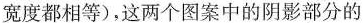
宽度都相等)，这两个图案中的阴影部分的